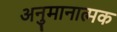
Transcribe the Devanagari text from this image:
अनुमानात्मक